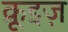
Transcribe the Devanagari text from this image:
क्रूइज़